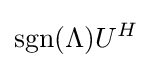
\operatorname {sgn} (\Lambda )U^{H}